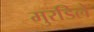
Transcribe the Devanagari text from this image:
मुरडिले